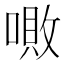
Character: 𠼚